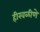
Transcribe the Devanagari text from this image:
हीरवळीणे